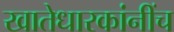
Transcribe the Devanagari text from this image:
खातेधारकांनींच